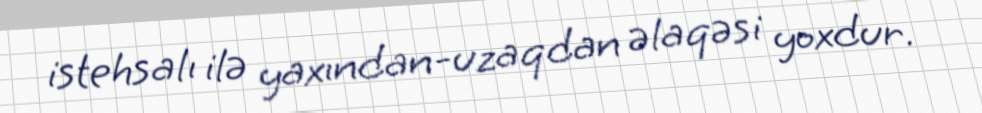
istehsalı ilə yaxından-uzaqdan əlaqəsi yoxdur.